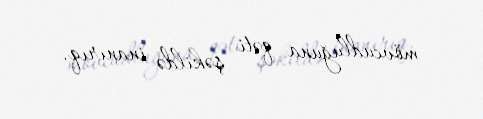
mövcudluğuna qəti şəkildə inanırıq.